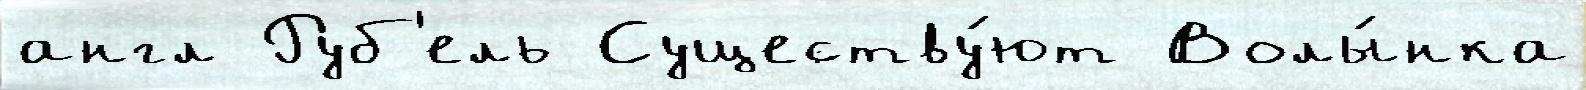
англ Руб'ель Существу́ют Волы́нка